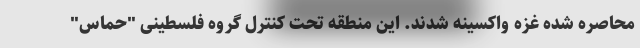
محاصره شده غزه واکسینه شدند. این منطقه تحت کنترل گروه فلسطینی "حماس"